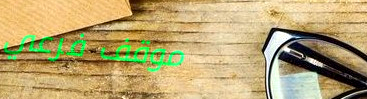
موقف فرعي